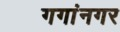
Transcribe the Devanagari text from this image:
गगांनगर